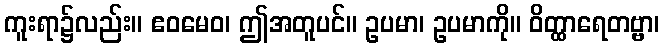
ကူးရာ၌လည်း။ ဧဝမေဝ၊ ဤအတူပင်။ ဥပမာ၊ ဥပမာကို။ ဝိတ္ထာရေတဗ္ဗာ၊